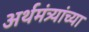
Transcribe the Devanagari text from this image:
अर्थमंत्र्यांच्या